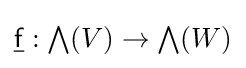
\textstyle {\underline {\mathsf {f}}}:\bigwedge (V)\to \bigwedge (W)